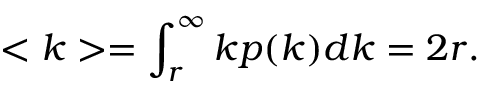
< k > = \int _ { r } ^ { \infty } k p ( k ) d k = 2 r .